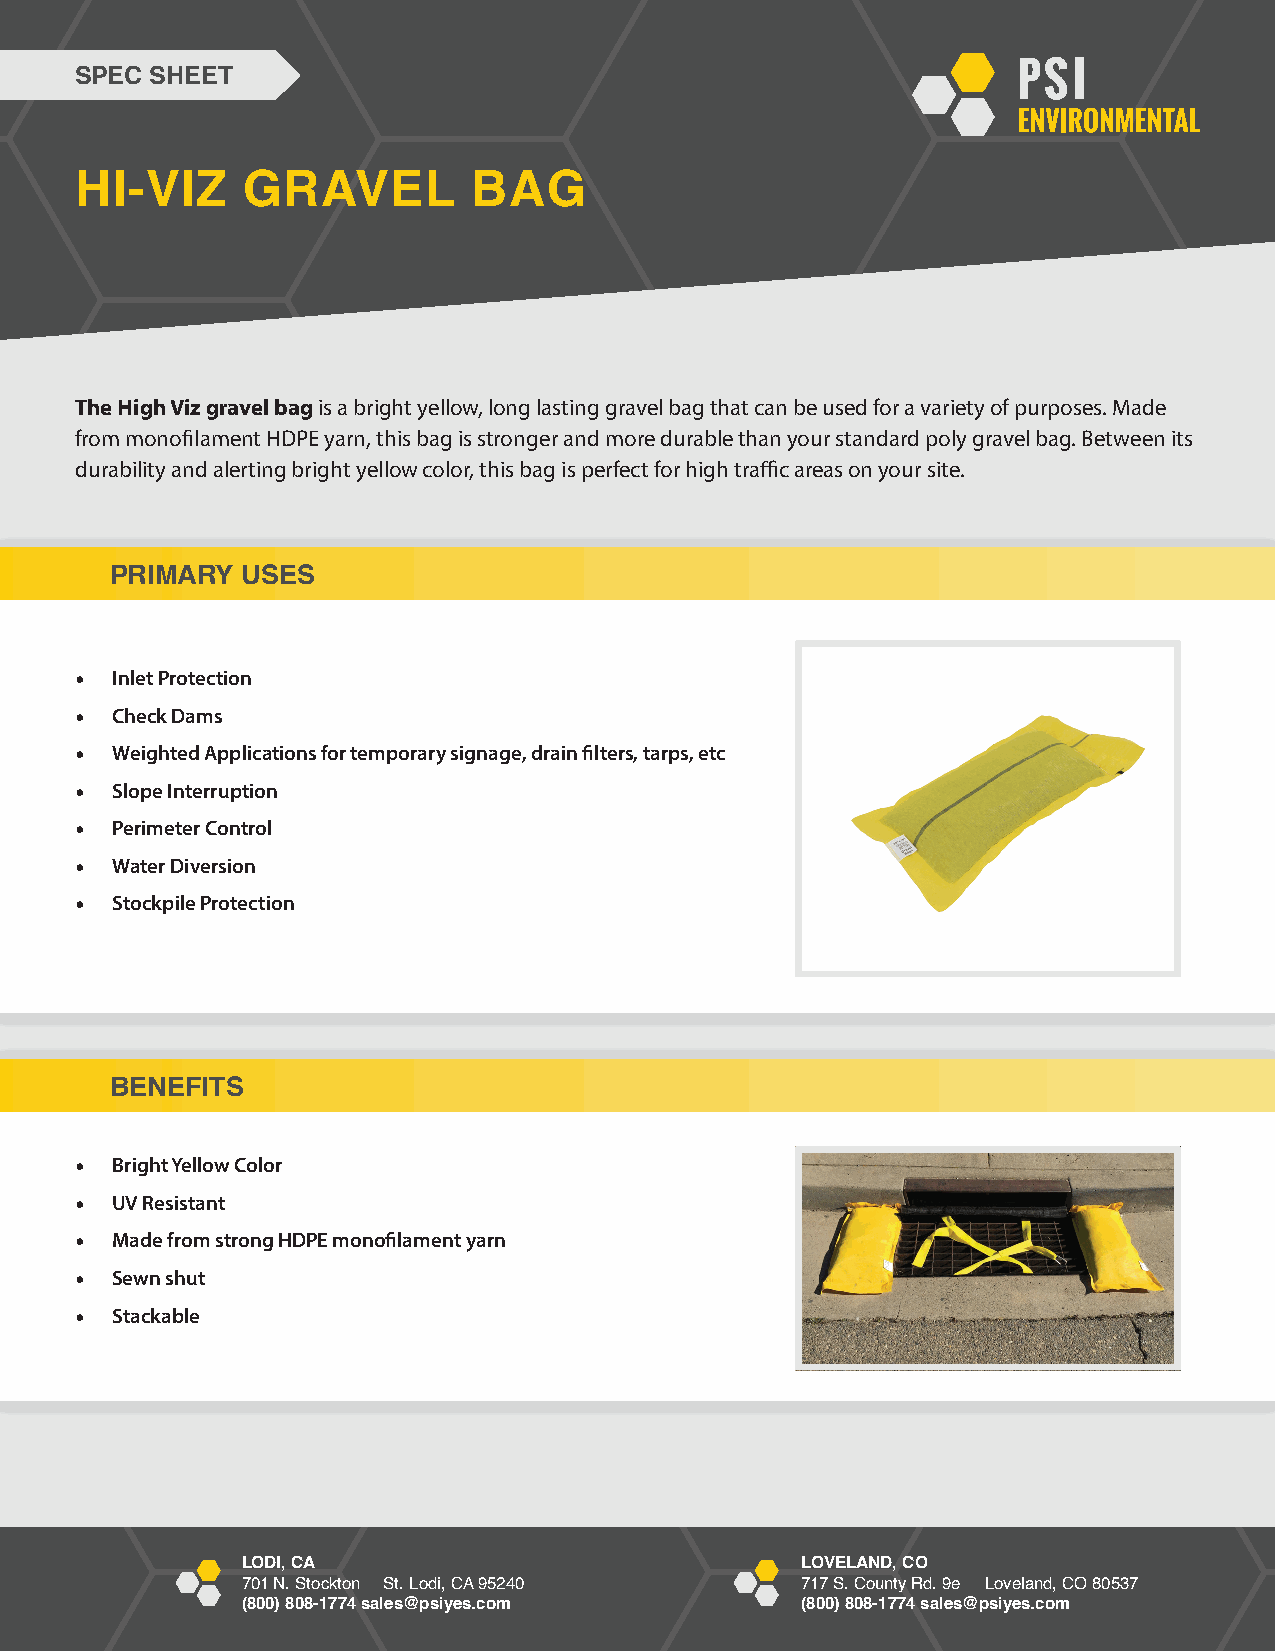
SPEC SHEET
 HI-VIZ     GRAVEL         BAG
 The High Viz gravel bag is a bright yellow, long lasting gravel bag that can be used for a variety of purposes. Made
 from monofi lament HDPE yarn, this bag is stronger and more durable than your standard poly gravel bag. Between its
 durability and alerting bright yellow color, this bag is perfect for high traffi c areas on your site.
 PRIMARY  USES
 • Inlet Protection
 • Check Dams
 • Weighted Applications for temporary signage, drain fi lters, tarps, etc
 • Slope Interruption
 • Perimeter Control
 • Water Diversion
 • Stockpile Protection
 BENEFITS
 • Bright Yellow Color
 • UV Resistant
 • Made from strong HDPE monofi lament yarn
 • Sewn shut
 • Stackable
 LODI, CA                             LOVELAND, CO
 701 N. Stockton St. Lodi, CA 95240   717 S. County Rd. 9e Loveland, CO 80537
 (800) 808-1774 sales@psiyes.com      (800) 808-1774 sales@psiyes.com